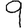
Digit: 9